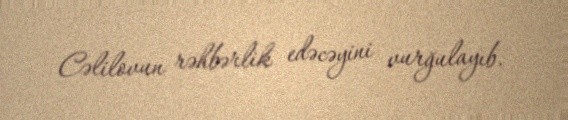
Cəlilovun rəhbərlik edəcəyini vurğulayıb.